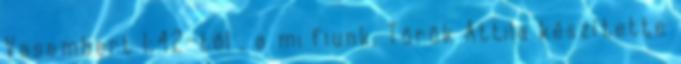
Vasembert 1:42-től , a mi fiunk, Török Attila készítette